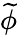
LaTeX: \widetilde\phi